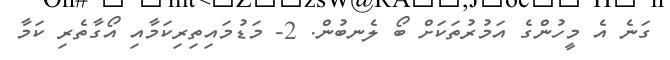
ގަނެ އެ މީހުންގެ އަމުރުތަކަށް ބޯ ލެނބުން. 2- މަޑުމައިތިރިކަމާއި އޯގާތެރި ކަމާ